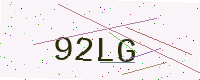
Text: 92LG